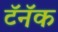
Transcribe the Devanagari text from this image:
टॅनॅक